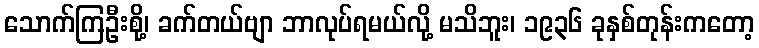
သောက်ကြဦးစို့၊ ခက်တယ်ဗျာ ဘာလုပ်ရမယ်လို့ မသိဘူး၊ ၁၉၃၆ ခုနှစ်တုန်းကတော့